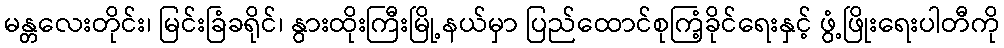
မန္တလေးတိုင်း၊ မြင်းခြံခရိုင်၊ နွားထိုးကြီးမြို့နယ်မှာ ပြည်ထောင်စုကြံ့ခိုင်ရေးနှင့် ဖွံ့ဖြိုးရေးပါတီကို